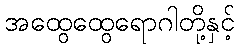
အထွေထွေရောဂါတို့နှင့်